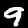
Label: 9